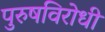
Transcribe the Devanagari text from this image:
पुरुषविरोधी